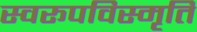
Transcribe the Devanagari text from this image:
स्वरूपविस्मृति